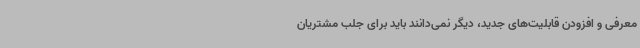
معرفی و افزودن قابلیت‌های جدید، دیگر نمی‌دانند باید برای جلب مشتریان